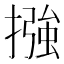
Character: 摾